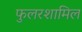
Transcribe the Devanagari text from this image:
फुलरशामिल